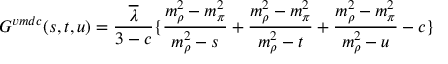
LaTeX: G ^ { v m d c } ( s , t , u ) = \frac { \overline { { { \lambda } } } } { 3 - c } \{ \frac { m _ { \rho } ^ { 2 } - m _ { \pi } ^ { 2 } } { m _ { \rho } ^ { 2 } - s } + \frac { m _ { \rho } ^ { 2 } - m _ { \pi } ^ { 2 } } { m _ { \rho } ^ { 2 } - t } + \frac { m _ { \rho } ^ { 2 } - m _ { \pi } ^ { 2 } } { m _ { \rho } ^ { 2 } - u } - c \}